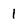
Character: 1